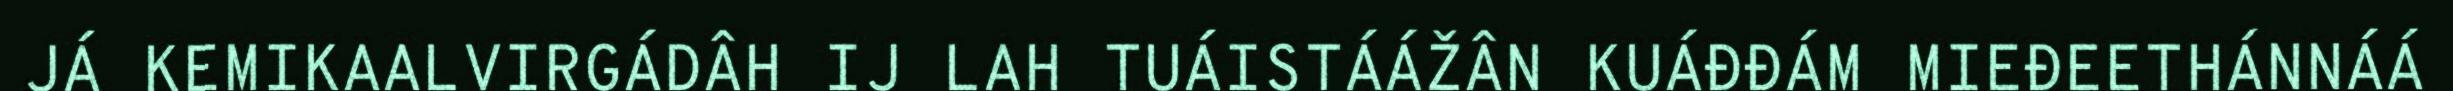
JÁ KEMIKAALVIRGÁDÂH IJ LAH TUÁISTÁÁŽÂN KUÁĐĐÁM MIEĐEETHÁNNÁÁ